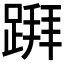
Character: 𨃅